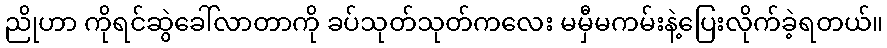
ညိုဟာ ကိုရင်ဆွဲခေါ်လာတာကို ခပ်သုတ်သုတ်ကလေး မမှီမကမ်းနဲ့ပြေးလိုက်ခဲ့ရတယ်။